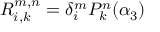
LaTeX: R _ { i , k } ^ { m , n } = \delta _ { i } ^ { m } P _ { k } ^ { n } ( \alpha _ { 3 } )